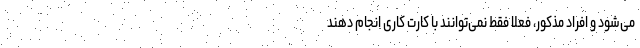
می‌شود و افراد مذکور، فعلاً فقط نمی‌توانند با کارت کاری انجام دهند